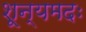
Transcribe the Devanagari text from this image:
शून्यमदः